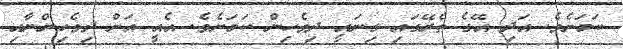
ކަމަށެވެ. އަދި އޭގެ ތެރޭގައި ގިނައީ ދިވެހިން ކަމަށެވެ. އެއީ އަށް ދިވެހިންނާއި